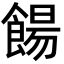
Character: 餳